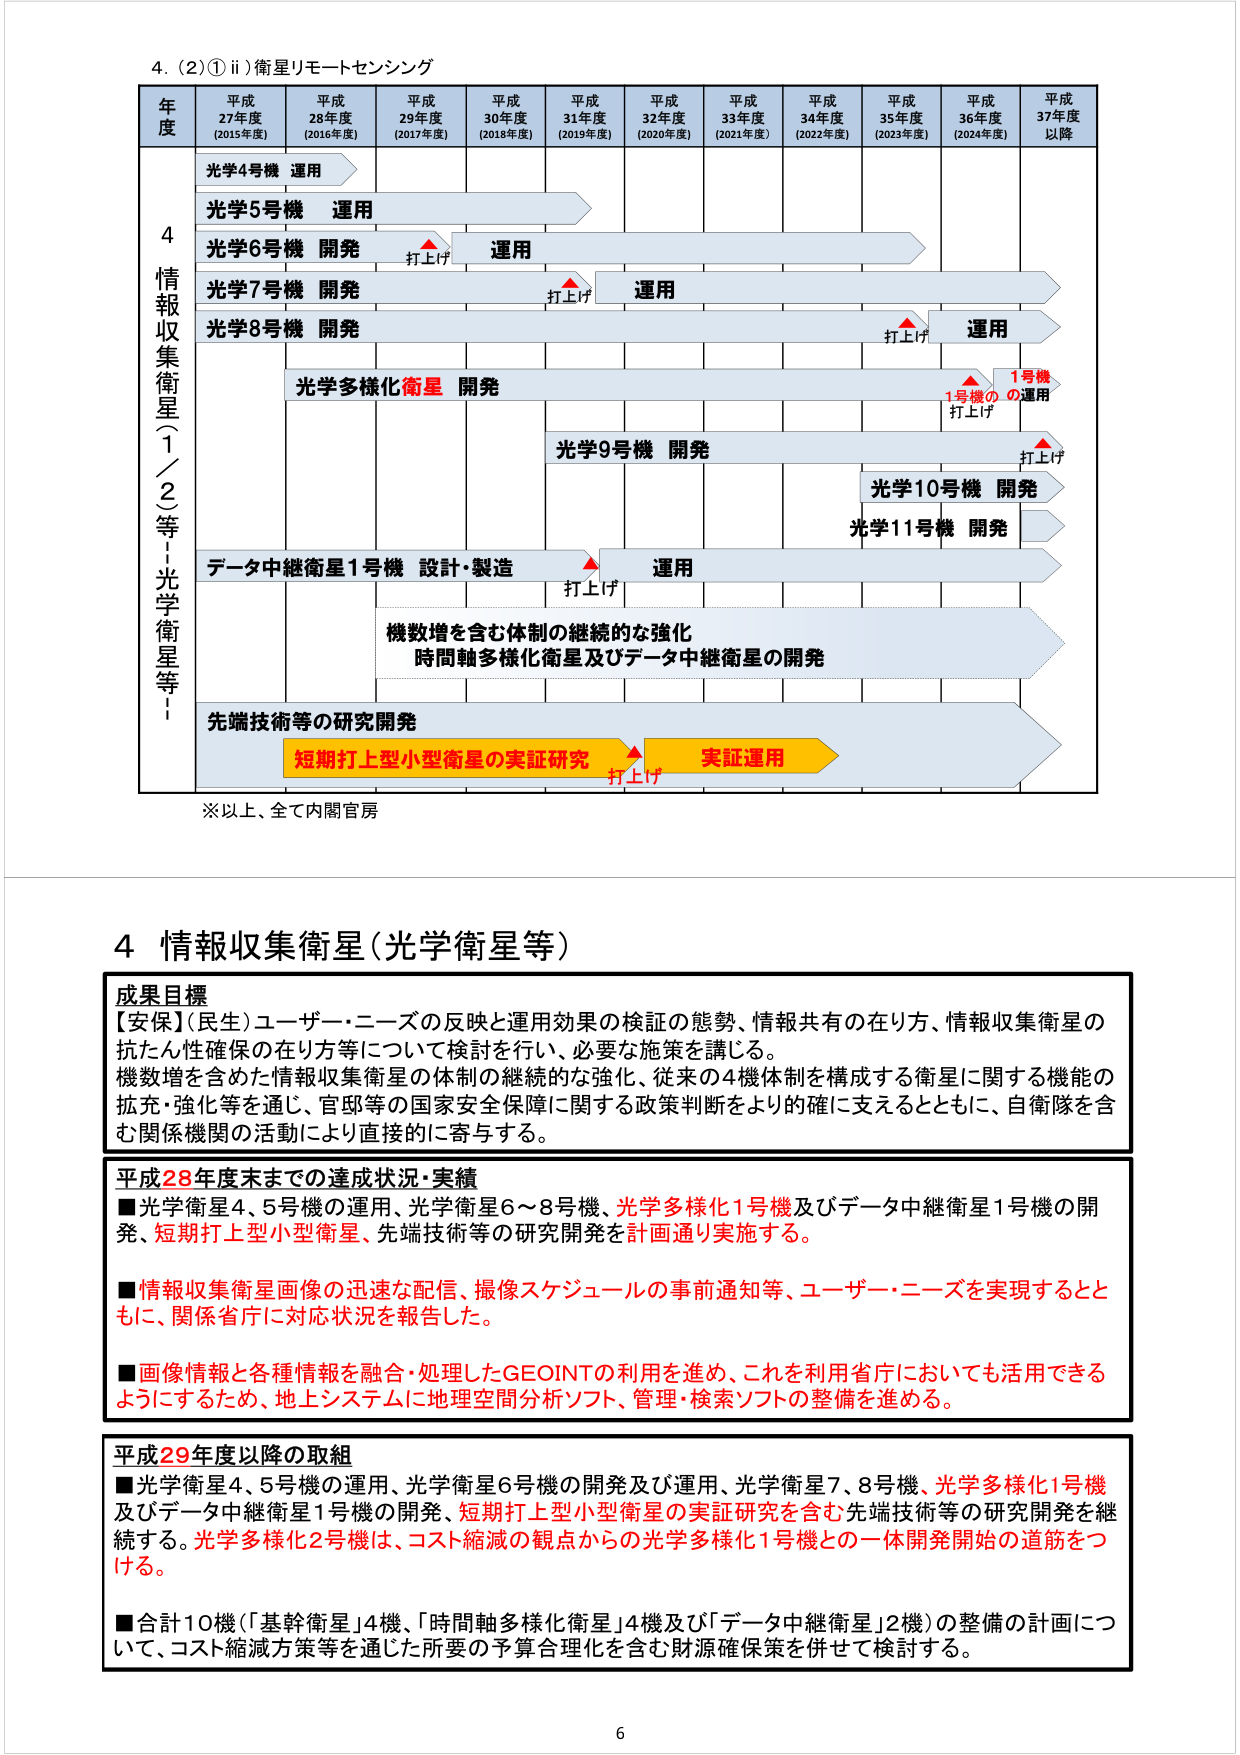
4. (2)① ii) 衛星リモートセンシング

年
度
平成
27年度
(2015年度)
平成
28年度
(2016年度)
平成
29年度
(2017年度)
平成
30年度
(2018年度)
平成
31年度
(2019年度)
平成
32年度
(2020年度)
平成
33年度
(2021年度)
平成
34年度
(2022年度)
平成
35年度
(2023年度)
平成
36年度
(2024年度)
平成
37年度
以降

4
情報収集衛星（1／2等：光学衛星等）

光学4号機 運用

光学5号機 運用

光学6号機 開発
打上げ
運用

光学7号機 開発
打上げ
運用

光学8号機 開発
打上げ
運用

光学多様化衛星 開発
1号機
1号機の運用
打上げ

光学9号機 開発
打上げ

光学10号機 開発

光学11号機 開発

データ中継衛星1号機 設計・製造
打上げ
運用

機数増を含む体制の継続的な強化
時間軸多様化衛星及びデータ中継衛星の開発

先端技術等の研究開発
短期打上型小型衛星の実証研究
打上げ
実証運用

※以上、全て内閣官房

4 情報収集衛星（光学衛星等）

成果目標
【安保】（民生）ユーザー・ニーズの反映と運用効果の検証の態勢、情報共有の在り方、情報収集衛星の
抗たん性確保の在り方等について検討を行い、必要な施策を講じる。
機数増を含めた情報収集衛星の体制の継続的な強化、従来の4機体制を構成する衛星に関する機能の
拡充・強化等を通じ、官邸等の国家安全保障に関する政策判断をより的確に支えるとともに、自衛隊を含
む関係機関の活動により直接的に寄与する。

平成28年度末までの達成状況・実績
■光学衛星4、5号機の運用、光学衛星6～8号機、光学多様化1号機及びデータ中継衛星1号機の開
発、短期打上型小型衛星、先端技術等の研究開発を計画通り実施する。
■情報収集衛星画像の迅速な配信、撮像スケジュールの事前通知等、ユーザー・ニーズを実現するとと
もに、関係省庁に対応状況を報告した。
■画像情報と各種情報を融合・処理したGEOINTの利用を進め、これを利用省庁においても活用できる
ようにするため、地上システムに地理空間分析ソフト、管理・検索ソフトの整備を進める。

平成29年度以降の取組
■光学衛星4、5号機の運用、光学衛星6号機の開発及び運用、光学衛星7、8号機、光学多様化1号機
及びデータ中継衛星1号機の開発、短期打上型小型衛星の実証研究を含む先端技術等の研究開発を継
続する。光学多様化2号機は、コスト縮減の観点からの光学多様化1号機との一体開発開始の道筋につ
ける。
■合計10機（「基幹衛星」4機、「時間軸多様化衛星」4機及び「データ中継衛星」2機）の整備の計画につ
いて、コスト縮減方策等を通じた所要の予算合理化を含む財源確保策を併せて検討する。

6